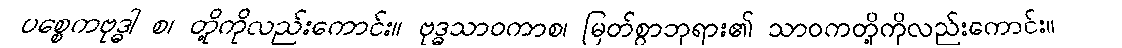
ပစ္စေကဗုဒ္ဓါ စ၊ တို့ကိုလည်းကောင်း။ ဗုဒ္ဓသာဝကာစ၊ မြတ်စွာဘုရား၏ သာဝကတို့ကိုလည်းကောင်း။